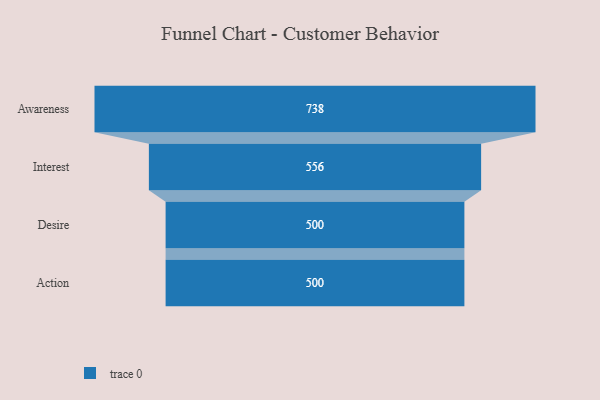
{"axis": {"x": "Stage", "y": "Value"}, "legend": [""], "data": [{"x": "Awareness", "y": 738.0, "type": ""}, {"x": "Interest", "y": 556.0, "type": ""}, {"x": "Desire", "y": 500, "type": ""}, {"x": "Action", "y": 500, "type": ""}]}